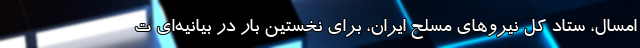
امسال، ستاد کل نیروهای مسلح ایران، برای نخستین بار در بیانیه‌ای ت